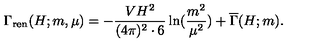
\Gamma _ { \mathrm { r e n } } ( H ; m , \mu ) = - { \frac { V H ^ { 2 } } { ( 4 \pi ) ^ { 2 } \cdot 6 } } \ln ( { \frac { m ^ { 2 } } { \mu ^ { 2 } } } ) + \overline { { \Gamma } } ( H ; m ) .